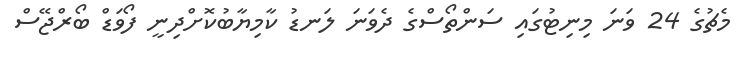
މެޗުގެ 24 ވަނަ މިނިޓުގައި ސަންތޯސްގެ ދެވަނަ ލަނޑު ކާމިޔާބުކޮށްދިނީ ފޯވަޑް ބޯރްޖޭސް